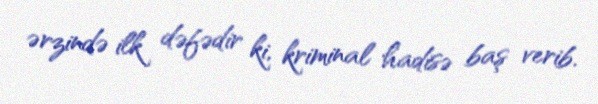
ərzində ilk dəfədir ki, kriminal hadisə baş verib.